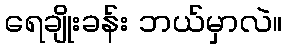
ရေချိုးခန်း ဘယ်မှာလဲ။